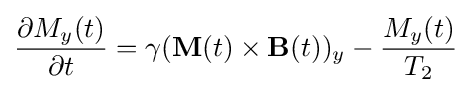
{\frac {\partial M_{y}(t)}{\partial t}}=\gamma (\mathbf {M} (t)\times \mathbf {B} (t))_{y}-{\frac {M_{y}(t)}{T_{2}}}